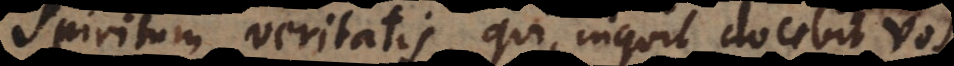
spiritum veritatis, qui, inquit docebit vos